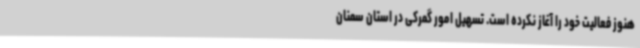
هنوز فعالیت خود را آغاز نکرده است. تسهیل امور گمرکی در استان سمنان